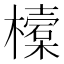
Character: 𣝔